Indian journal of veterinary science and animal husbandry - Volume 10,
Year: 1940
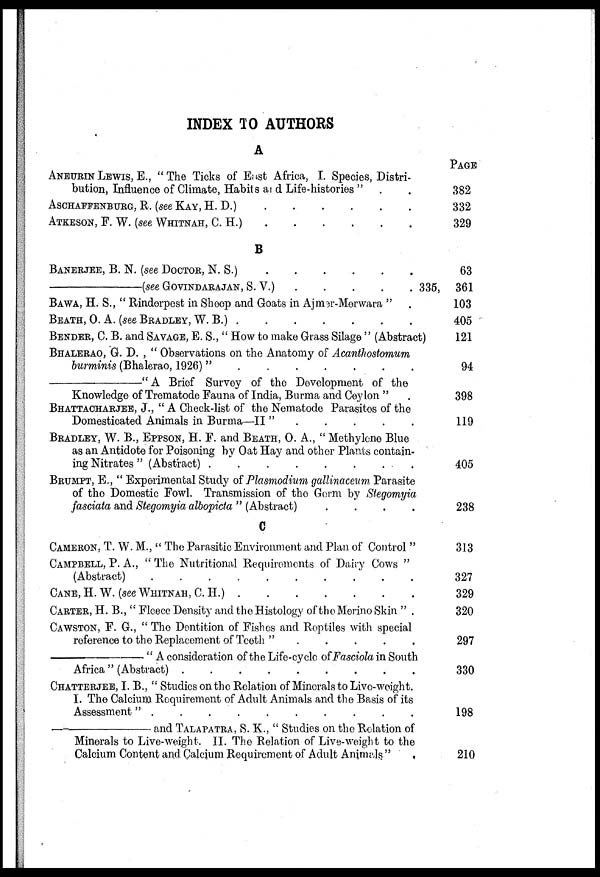
INDEX TO AUTHORS
A
ANETTEIN LEWIS, E., "The Ticks of East Africa, I. Species, Distri-
bution, Influence of Climate, Habits and Life-histories " . .
ASCHAFFENBUEG, R. (SEE KAY, H. D.) . . . . . .
ATKESON, F. W. (SEE WHITNAH, C. H.) . . . . . .
B
BANERJEE, B. N. (see DOCTOR, N. S.) . . . . .
—(see GOVINDARAJAN, S. V.) . . . . .
BAWA, H. S., " Rinderpest in Sheep and Goats in Ajmer-Merwara " .
BEATH, O. A. (see BRADLEY, W. B.)
.
.
.
.
.
.
.
.
BENDEE, C. B. and SAVAGE, E. S., " How to make Grass Silage " (Abstract)
BHALEEAO, G. D. , " Observations on the Anatomy of Acanthostomum
burminis (Bhalerao, 1926) ".
.
.
.
.
.
.
—"A
Brief Survey of the Development of the
Knowledge of Trematode Fauna of India, Burma and Ceylon " .
BHALEEAO, G. D. , " Check-list of the Nematode Parasitos of the
Domesticated Animals in Burma—II "
.
.
.
.
.
.
BEADLEY, W. B., EPPSON, H. F. AND BEATH, O. A., " Methylene Blue
as an Antidote for Poisoning by Oat Hay and other Plants contain-
ing Nitrates " (Abstract) . . . . . . . . .
BRUMPT, E., " Experimental Study of Plasmodium gallinaceum Parasite
of the Domestic Fowl. Transmission of the Germ by Stegomyia
fasciata and Stegomyia albopicta " (Abstract)
.
.
.
.
C
CAMERON, T. W. M., " The Parasitic Environment and Plan of Control "
CAMPBELL, P. A., " The Nutritional Requirements of Dairy Cows "
(Abstract)
.
.
.
.
.
.
.
.
.
.
CANE, H. W. (see WHITNAH, C. H.) . . . . . . .
CARTER, H. B., " Fleece Density and the Histology of the Merino Skin " .
CAWSTON, F. G., " The Dentition of Fishes and Reptiles with special
reference to the Replacement of Teeth " . . . . .
—"
A consideration of the Life-cycle of Fasciola in South
Africa " (Abstract)
.
.
.
.
.
.
.
.
.
.
CHATTERJEE, I. B., " Studies on the Relation of Minerals to Live-weight.
I. The Calcium Requirement of Adult Animals and the Basis of its
Assessment"
.
.
.
.
.
.
.
.
.
.
—and TALAPATRA, S. K., " Studies on the Relation of
Minerals to Live-weight. II. The Relation of Live-weight to the
Calcium Content and Calcium Requirement of Adult Animals "
.
PAGE
382
332
329
63
335,361
103
405
121
94
398
119
405
238
313
327
329
320
297
330
198
210